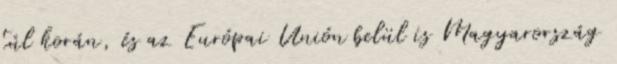
túl korán, és az Európai Unión belül is Magyarország